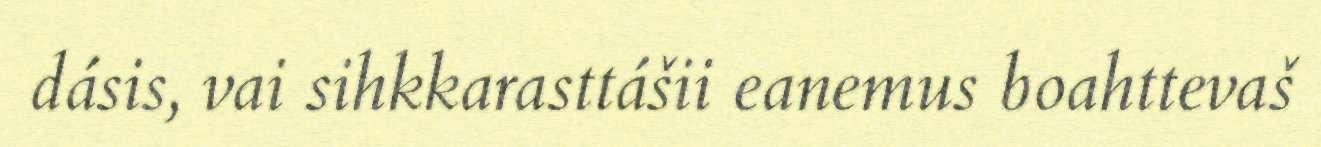
dásis, vai sihkkarasttášii eanemus boahttevaš